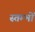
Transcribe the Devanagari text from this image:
स्‍तम्‍भों